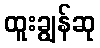
ထူးချွန်ဆု